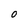
Character: O